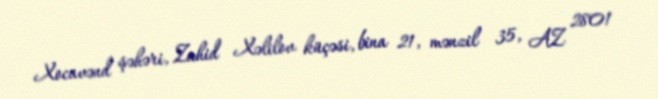
Xocavənd şəhəri, Zahid Xəlilov küçəsi, bina 21, mənzil 35, AZ 2801